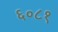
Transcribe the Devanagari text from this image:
६०८१